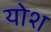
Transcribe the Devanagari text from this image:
योश